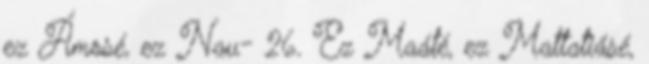
ez Ámosé, ez Nau− 26. Ez Maáté, ez Mattatiásé,